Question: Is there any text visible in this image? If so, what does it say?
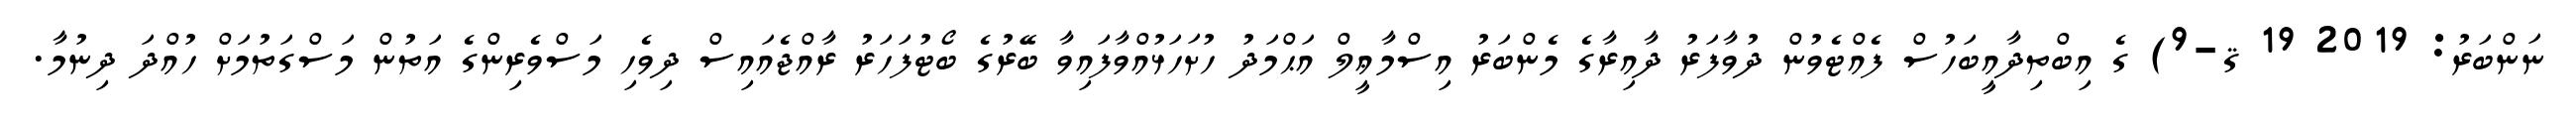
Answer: ނަންބަރު: 2019 19 ޤ-9) ގެ އިބްތިދާއީބަހުސް ފެއްޓެވުން ދުވާފަރު ދާއިރާގެ މެންބަރު އިސްމާޢީލް އަޙްމަދު ހުށަހަޅުއްވާފައިވާ ބޭރުގެ ބޯޓުފަހަރު ރާއްޖެއައިސް ދިވެހި މަސްވެރިންގެ އަތުން މަސްގަތުމަށް ހުއްދަ ދިނުމާ.